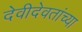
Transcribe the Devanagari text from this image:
देवीदेवतांच्या